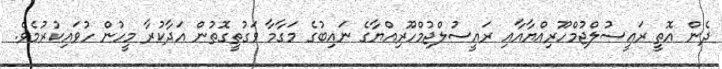
ދެން އޮތީ ރައީސުލްޖުމްހޫރިއްޔާއާއި ރައީސުލްޖުމްހޫރިއްޔާގެ ނައިބުގެ މަގާމާ ވަގުތީގޮތުން އަދާކުރާ މީހުން ހުވައިކުރުމެވެ.